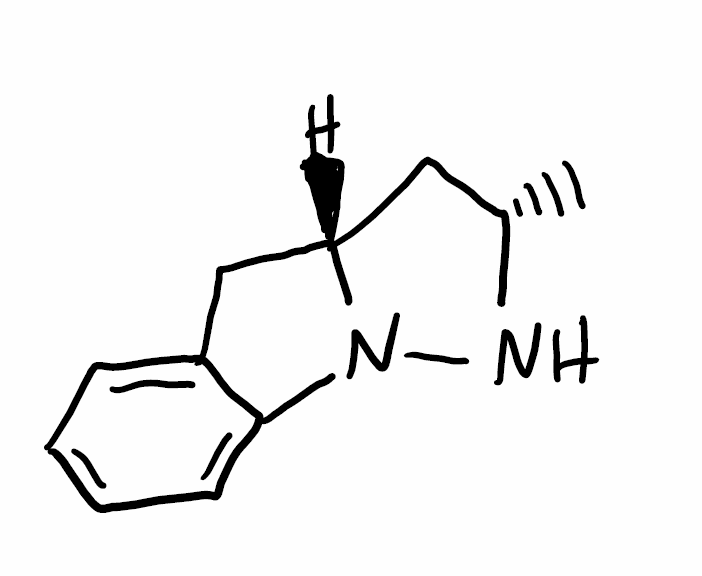
Simplified molecular-input line-entry system (SMILES) notation of the given molecule:
C[C@H]1C[C@H]2CC3=CC=CC=C3N2N1